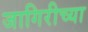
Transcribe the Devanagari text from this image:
जागिरीच्या